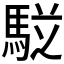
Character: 𲋷